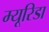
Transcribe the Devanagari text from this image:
म्यूरिडा